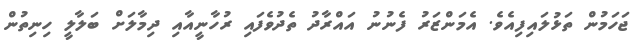
ޖަހަމުން ތަޅުލައިފިއެވެ. އެމަންޒަރު ފެނުނު އައްރާދު ތެދުވެފައި ރުހާނީއާއި ދިމާލަށް ބަލާލީ ހިނިތުން